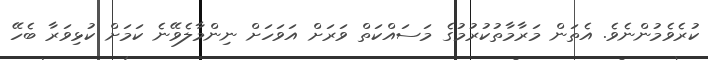
ކުރެވެމުންނެވެ. އެތަން މަރާމާތުކުރުމުގެ މަސައްކަތް ވަރަށް އަވަހަށް ނިންމާލެވޭނެ ކަމަށް ކުޅިވަރާ ބެހޭ